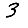
Digit: 3